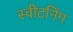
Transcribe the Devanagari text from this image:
स्वीटनिंग